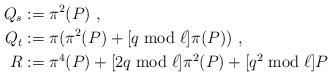
LaTeX: \begin{align*} Q_s & := \pi^2(P) \ , \\ Q_t & := \pi(\pi^2(P) + [q\bmod{\ell}]\pi(P)) \ , \\ R & := \pi^4(P) + [2q\bmod{\ell}]\pi^2(P) + [q^2\bmod{\ell}]P \end{align*}